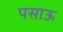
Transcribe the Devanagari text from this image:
पसाऊ